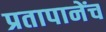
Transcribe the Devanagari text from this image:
प्रतापानेंच